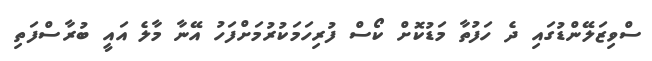
ސްވިޒަލޭންޑުގައި ދެ ހަފުތާ މަޑުކޮށް ކޯސް ފުރިހަމަކުރުމަށްފަހު އޭނާ މާލެ އައީ ބުރާސްފަތި